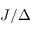
J / \Delta